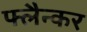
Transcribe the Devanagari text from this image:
फ्लैन्कर